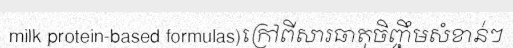
milk protein-based formulas)ក្រៅពីសារធាតុចិញ្ចឹមសំខាន់ៗ